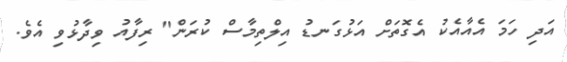
އަދި ހަމަ އެއާއެކު އެގޮތަށް އަޅުގަނޑު އިލްތިމާސް ކުރަން" ރިފާއު ވިދާޅުވި އެވެ.